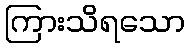
ကြားသိရသော